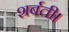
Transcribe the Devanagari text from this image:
शर्बती।